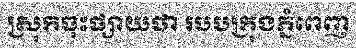
ស្រុកចុះផ្សាយថា របបក្រុងភ្នំពេញ